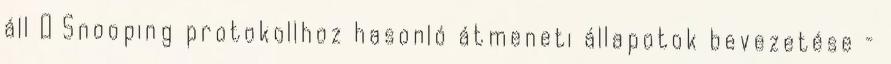
áll ● Snooping protokollhoz hasonló átmeneti állapotok bevezetése –